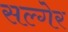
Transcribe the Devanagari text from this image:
सल्गेर